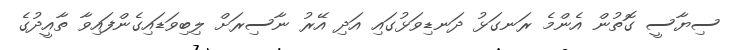
ސިޔާސީ ގޮތުން އެންމެ ރަނގަޅު ދަނޑިވަޅުގައި އަދި އޭރު ނާސިރަށް ލިބިވަޑައިގެންފައިވާ ތާއީދުގެ